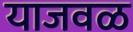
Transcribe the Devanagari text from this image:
याजवळ